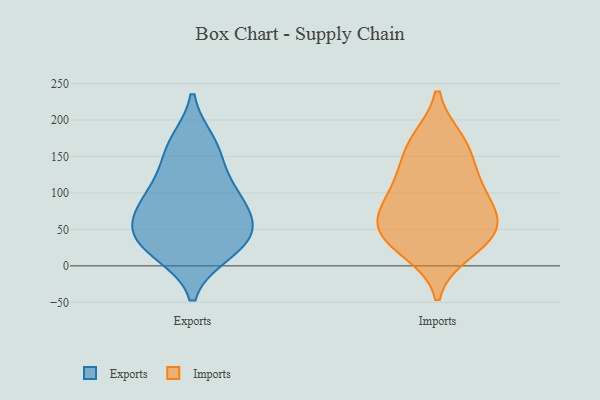
{"axis": {"x": "Operating Costs (USD K)", "y": "Value"}, "legend": ["Exports", "Imports"], "data": [{"x": "", "y": 155, "type": "Exports"}, {"x": "", "y": 73, "type": "Exports"}, {"x": "", "y": 102, "type": "Exports"}, {"x": "", "y": 28, "type": "Exports"}, {"x": "", "y": 105, "type": "Exports"}, {"x": "", "y": 69, "type": "Exports"}, {"x": "", "y": 37, "type": "Exports"}, {"x": "", "y": 47, "type": "Exports"}, {"x": "", "y": 20, "type": "Exports"}, {"x": "", "y": 168, "type": "Exports"}, {"x": "", "y": 77, "type": "Imports"}, {"x": "", "y": 105, "type": "Imports"}, {"x": "", "y": 20, "type": "Imports"}, {"x": "", "y": 55, "type": "Imports"}, {"x": "", "y": 172, "type": "Imports"}, {"x": "", "y": 169, "type": "Imports"}, {"x": "", "y": 49, "type": "Imports"}, {"x": "", "y": 78, "type": "Imports"}, {"x": "", "y": 114, "type": "Imports"}, {"x": "", "y": 31, "type": "Imports"}, {"x": "", "y": 140, "type": "Imports"}, {"x": "", "y": 47, "type": "Imports"}]}